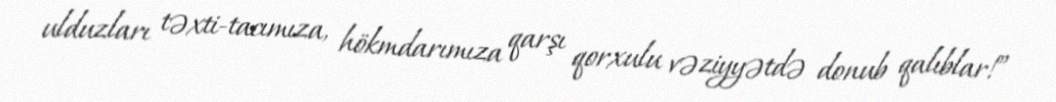
ulduzları təxti-tacımıza, hökmdarımıza qarşı qorxulu vəziyyətdə donub qalıblar!”